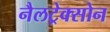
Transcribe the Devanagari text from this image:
नैलट्रेक्सोन